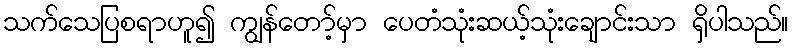
သက်သေပြစရာဟူ၍ ကျွန်တော့်မှာ ပေတံသုံးဆယ့်သုံးချောင်းသာ ရှိပါသည်။